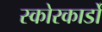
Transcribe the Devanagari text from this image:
स्कोरकार्डों